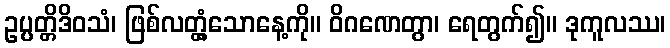
ဥပ္ပတ္တိဒိဝသံ၊ ဖြစ်လတ္တံ့သောနေ့ကို။ ဝိဂဏေတွာ၊ ရေတွက်၍။ ဒုကူလဿ၊